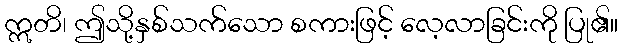
ဣတိ၊ ဤသို့နှစ်သက်သော စကားဖြင့် လေ့လာခြင်းကို ပြု၏။